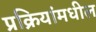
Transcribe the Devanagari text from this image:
प्रक्रियांमधील